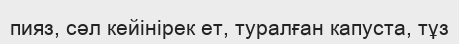
пияз, сәл кейінірек ет, туралған капуста, тұз